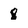
Character: 8